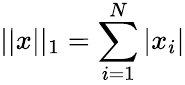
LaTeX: ||x||_{1}=\sum_{i=1}^{N}|x_{i}|